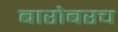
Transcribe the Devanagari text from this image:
बारोबरच